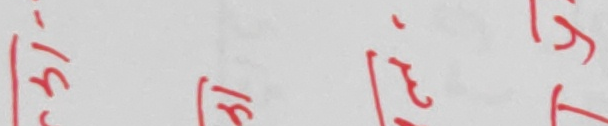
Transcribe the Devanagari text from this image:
चाहिन्छ ।